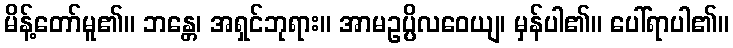
မိန့်တော်မူ၏။ ဘန္တေ၊ အရှင်ဘုရား။ အာမဥပ္ပိလဝေယျ၊ မှန်ပါ၏။ ပေါ်ရာပါ၏။